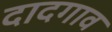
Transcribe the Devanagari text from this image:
दादगाव